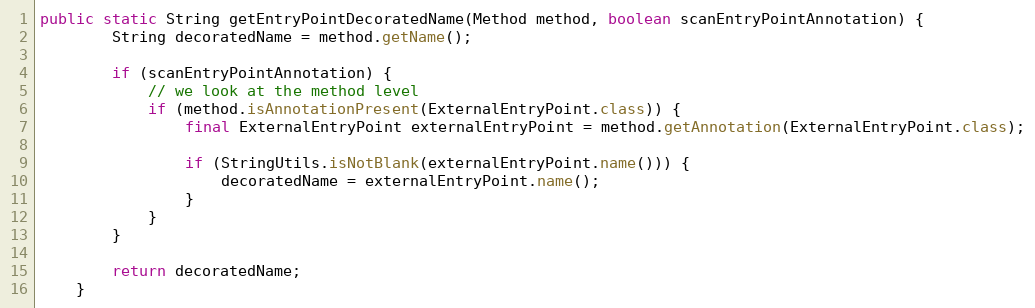
Language: Java
public static String getEntryPointDecoratedName(Method method, boolean scanEntryPointAnnotation) {
		String decoratedName = method.getName();

		if (scanEntryPointAnnotation) {
			// we look at the method level
			if (method.isAnnotationPresent(ExternalEntryPoint.class)) {
				final ExternalEntryPoint externalEntryPoint = method.getAnnotation(ExternalEntryPoint.class);

				if (StringUtils.isNotBlank(externalEntryPoint.name())) {
					decoratedName = externalEntryPoint.name();
				}
			}
		}

		return decoratedName;
	}